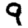
Digit: 9